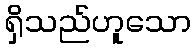
ရှိသည်ဟူသော